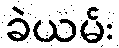
ခဲယမ်း